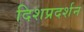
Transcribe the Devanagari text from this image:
दिशप्रदर्शन